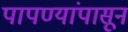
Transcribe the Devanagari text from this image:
पापण्यांपासून